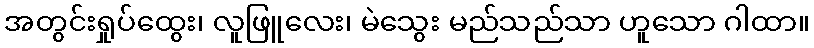
အတွင်းရှုပ်ထွေး၊ လူဖြူလေး၊ မဲသွေး မည်သည်သာ ဟူသော ဂါထာ။